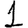
Digit: 1